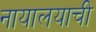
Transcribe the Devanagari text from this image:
नायालयाची